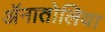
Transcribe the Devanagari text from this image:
ॲनातोलिया